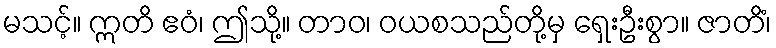
မသင့်။ ဣတိ ဧဝံ၊ ဤသို့။ တာဝ၊ ဝယစသည်တို့မှ ရှေးဦးစွာ။ ဇာတိံ၊